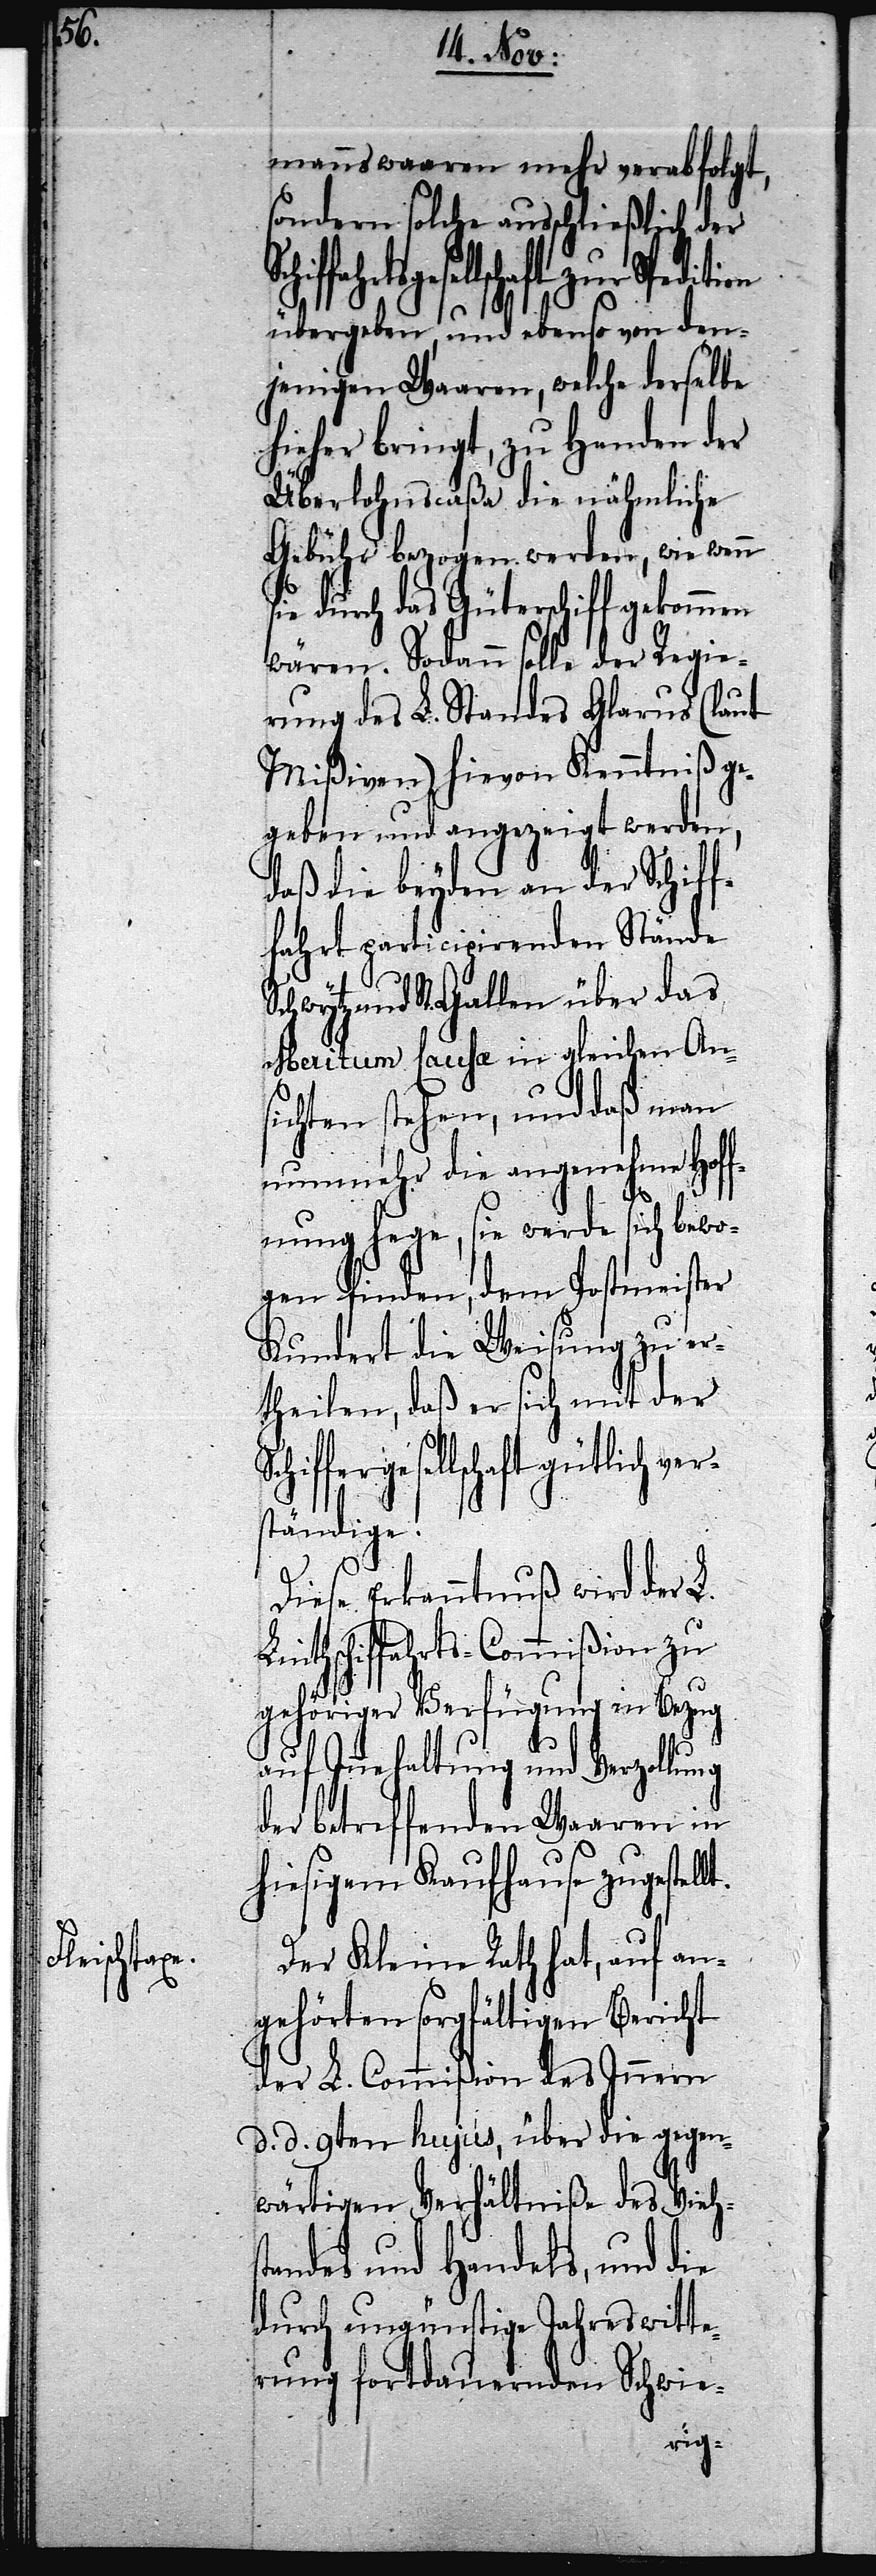
mannswaaren mehr verabfolgt,
sondern solche ausschließlich der
Schiffergesellschaft ver¬
übergeben, und ebenso von den¬
jenigen Waaren, welche derselbe
hieher bringt, zu Handen der
Überlohnscaßa die nähmliche
Gebühr bezogen werden, wie wenn
sie durch das Güterschiff gekommen
wären. Sodann solle der Regie¬
rung des L. Standes Glarus (laut
Mißiven) hievon Kenntniß ge¬
geben und angezeigt werden,
daß die beyden an der Schif¬
fahrt participirenden Stände
und St. Gallen über das
Meritum Causa in gleichen Ans¬
ichten stehen, und daß man
nunmehr die angenehme Hoff¬
nung hege, sie werde sich bewo¬
gen finden, dem Postmeister
Kundert die Weisung zu er¬
theilen, daß er sich mit der
ständige.
lt.
Diese Erkanntnuß wird der L.
Linthschiffahrts-Commißion zu
gehöriger Verfügung in Bezug
auf Innehaltung und Verzollung
der betreffenden Waaren in
hiesigem Kaufhause zugestel¬
Der Kleine Rath hat, auf an¬
gehörten sorgfältigen Bericht
der L. Commißion des Innern
d. d. 9ten hujus, über die gegen¬
wärtigen Verhältniße des Viehs¬
tandes und Handels, und die
durch ungünstige Jahreswitte¬
rung fortdauernden Schwie-